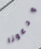
ودعونا